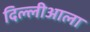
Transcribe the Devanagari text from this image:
दिल्लीआला